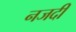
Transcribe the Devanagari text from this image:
नजदी